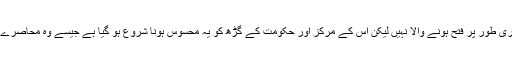
دمشق فوری طور پر فتح ہونے والا نہیں لیکن اس کے مرکز اور حکومت کے گڑھ کو یہ محسوس ہونا شروع ہو گیا ہے جیسے وہ محاصرے میں ہے۔